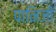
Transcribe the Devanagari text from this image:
पानिज़ी